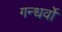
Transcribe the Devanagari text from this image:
गन्धर्वो